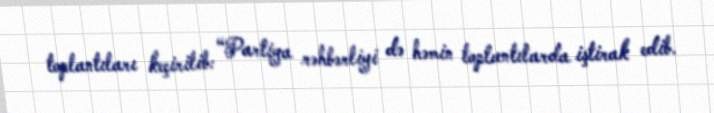
toplantıları keçirilib: “Partiya rəhbərliyi də həmin toplantılarda iştirak edib.